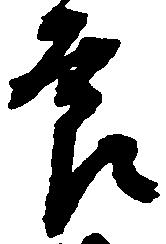
節